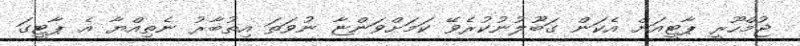
ޖުމްހޫރީ ޕާޓީއަށް އެކަން ގަބޫލުނުކުރެވޭ ކަމަށްވަންޏާ ނުވަތަ އިތުބާރު ނެތިއްޔާ އެ ޕާޓީގަ